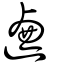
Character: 𨔁